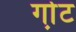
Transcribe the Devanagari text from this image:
गो़ट